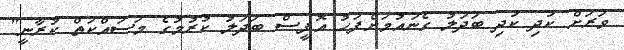
ވަރަށް ކުދި ކުދި ބަދަލު ގެނައުމަށްފަހު އޮފީސް ބަދަލު ކުރުމުގެ މަސައްކަތް ކުރާނީ"